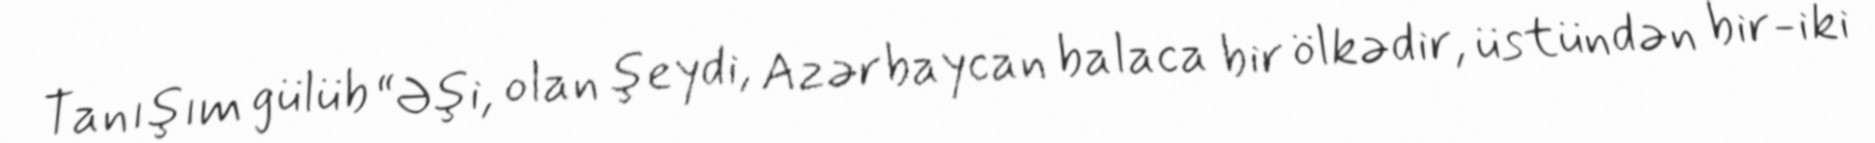
Tanışım gülüb “Əşi, olan şeydi, Azərbaycan balaca bir ölkədir, üstündən bir-iki